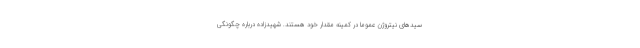
سیدهای نیتروژن عموماً در کمینه مقدار خود هستند. شهیدزاده درباره چگونگی